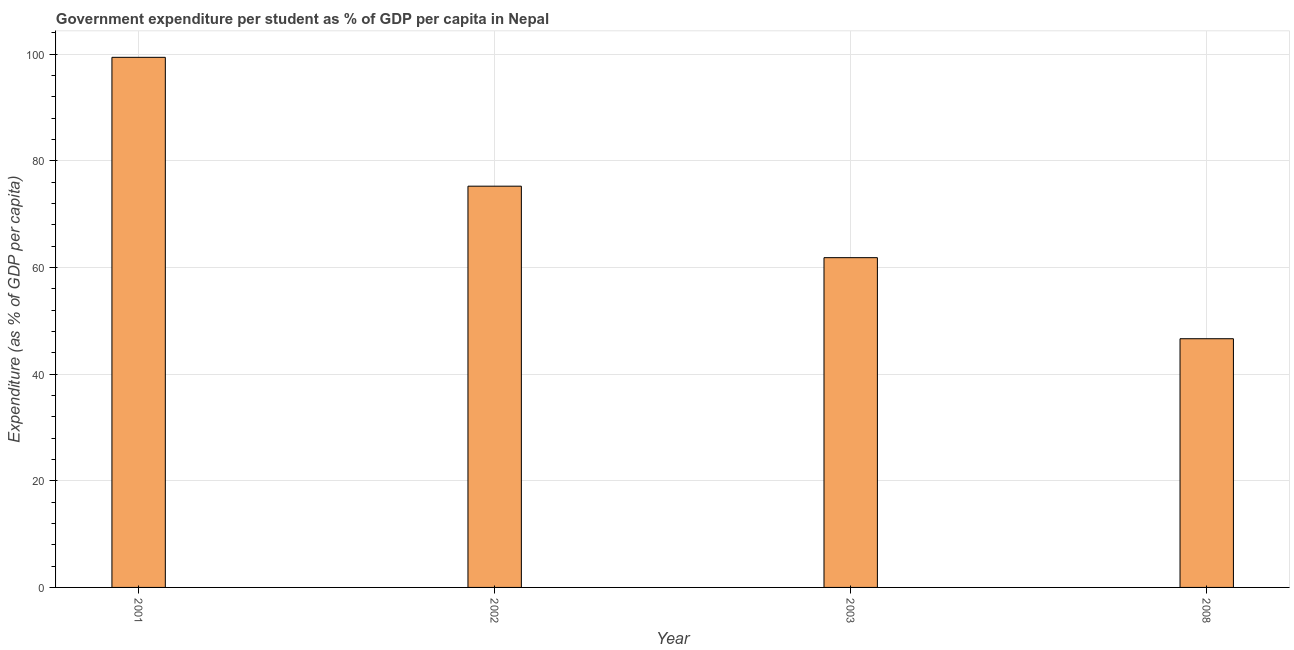
| Year | Government expenditure per tertiary student |
 | --- | --- |
 | 2001 | 99.4 |
 | 2002 | 75.2 |
 | 2003 | 61.8 |
 | 2008 | 46.6 |